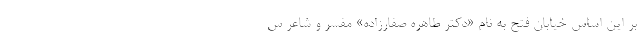
بر این اساس خیابان فتح به نام «دکتر طاهره صفارزاده» مفسر و شاعر س